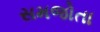
સમજોતા